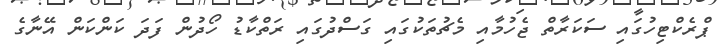
ޕްރެކްޓިހުގައި ސަކަރާތް ޖެހުމާއި މެޗުތަކުގައި ގަސްދުގައި ރަތްކާޑު ހޯދުން ފަދަ ކަންކަން އޭނާގެ